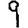
Digit: 9